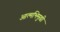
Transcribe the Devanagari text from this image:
आत्मभिमुखी